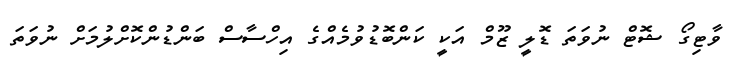
ވާޓިގޯ ޝޮޓް ނުވަތަ ޑޮލީ ޒޫމް އަކީ ކަންބޮޑުވުމެއްގެ އިހްސާސް ބަންޑުންކޮށްލުމަށް ނުވަތަ